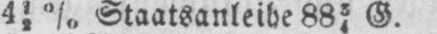
412% Staatsanleihe 8834 G.